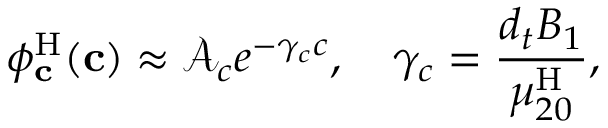
\phi _ { \mathbf { c } } ^ { \mathrm { H } } ( \mathbf { c } ) \approx \mathcal { A } _ { c } e ^ { - \gamma _ { c } c } , \quad \gamma _ { c } = \frac { { d _ { t } } B _ { 1 } } { \mu _ { 2 0 } ^ { \mathrm { H } } } ,